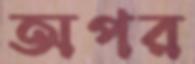
অপর